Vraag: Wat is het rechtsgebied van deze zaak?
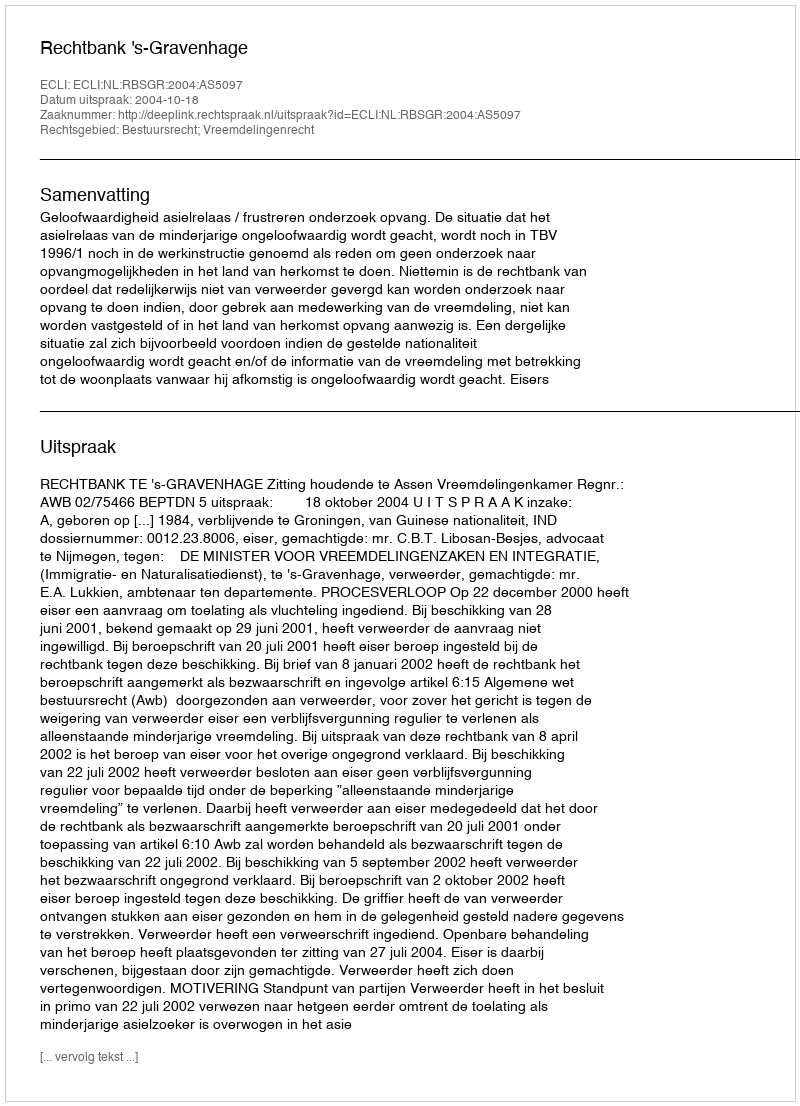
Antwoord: Bestuursrecht; Vreemdelingenrecht